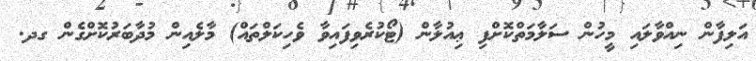
އަލިފާން ނިއްވާލައި މީހުން ސަލާމަތްކޮށްފި ޢިއުލާން (ޓޯކުރެވިފައިވާ ވެހިކަލްތައް) މާލެއިން މުދާބަރުކޮށްގެން ގދ.